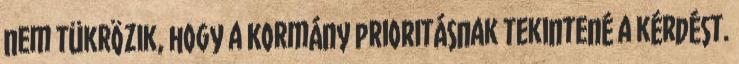
nem tükrözik, hogy a Kormány prioritásnak tekintené a kérdést.